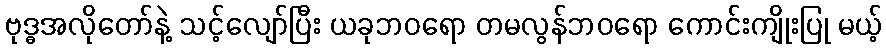
ဗုဒ္ဓအလိုတော်နဲ့ သင့်လျော်ပြီး ယခုဘဝရော တမလွန်ဘဝရော ကောင်းကျိုးပြု မယ့်